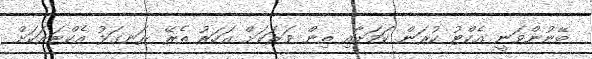
ބޭނުންވަނީ އެކްޓު ކުރަން ކަމަށާއި ތިން ވަރަކަށް އަހަރު ތެރޭ ރަނގަޅު އެކްޓަރަކަށް